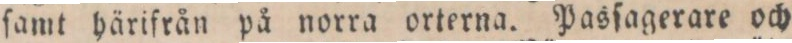
ſamt härifrån på norra orterna. Pasſagerare och